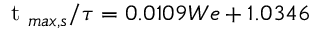
\mathrm { ~ t ~ } _ { m a x , s } / \tau = 0 . 0 1 0 9 W e + 1 . 0 3 4 6